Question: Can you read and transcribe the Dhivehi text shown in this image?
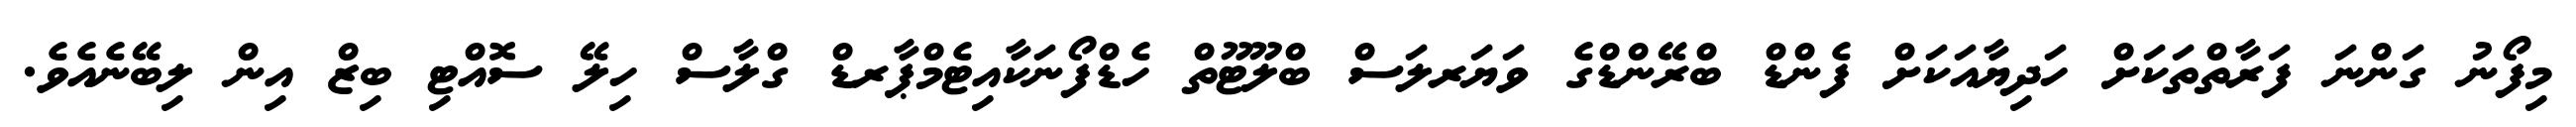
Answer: މިފޯނު ގަންނަ ފަރާތްތަކަށް ހަދިޔާއަކަށް ފެންޑް ބްރޭންޑްގެ ވަޔަރލަސް ބްލޫޓޫތް ހެޑްފޯނަކާއިޓެމްޕާރޑް ގްލާސް ހިލޭ ސޮއްޓި ބިޒް އިން ލިބޭނެއެވެ.